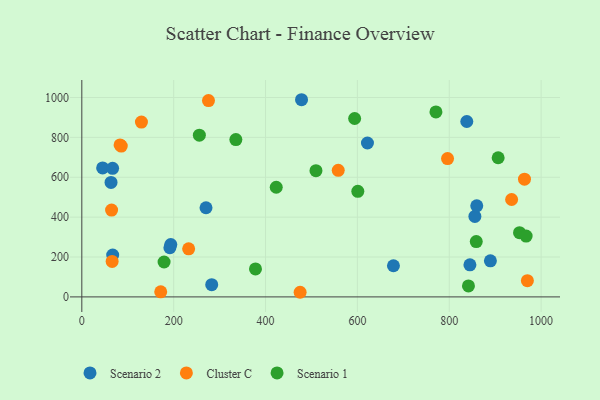
{"axis": {"x": "Investment", "y": "Demand"}, "legend": ["Cluster C", "Scenario 1", "Scenario 2"], "data": [{"x": "193.7", "y": 262.4, "type": "Scenario 2"}, {"x": "855.8", "y": 403.6, "type": "Scenario 2"}, {"x": "67.2", "y": 209.8, "type": "Scenario 2"}, {"x": "678.5", "y": 156.2, "type": "Scenario 2"}, {"x": "282.8", "y": 61.3, "type": "Scenario 2"}, {"x": "845.0", "y": 161.0, "type": "Scenario 2"}, {"x": "838.2", "y": 879.7, "type": "Scenario 2"}, {"x": "45.3", "y": 646.8, "type": "Scenario 2"}, {"x": "63.6", "y": 574.3, "type": "Scenario 2"}, {"x": "889.6", "y": 181.0, "type": "Scenario 2"}, {"x": "191.7", "y": 246.5, "type": "Scenario 2"}, {"x": "67.0", "y": 644.8, "type": "Scenario 2"}, {"x": "859.9", "y": 457.0, "type": "Scenario 2"}, {"x": "270.4", "y": 447.2, "type": "Scenario 2"}, {"x": "621.9", "y": 771.9, "type": "Scenario 2"}, {"x": "478.4", "y": 988.9, "type": "Scenario 2"}, {"x": "796.3", "y": 693.9, "type": "Cluster C"}, {"x": "970.1", "y": 81.5, "type": "Cluster C"}, {"x": "66.0", "y": 177.9, "type": "Cluster C"}, {"x": "232.6", "y": 241.2, "type": "Cluster C"}, {"x": "64.8", "y": 435.5, "type": "Cluster C"}, {"x": "475.3", "y": 23.2, "type": "Cluster C"}, {"x": "935.8", "y": 488.4, "type": "Cluster C"}, {"x": "83.3", "y": 762.0, "type": "Cluster C"}, {"x": "85.9", "y": 756.3, "type": "Cluster C"}, {"x": "275.8", "y": 984.5, "type": "Cluster C"}, {"x": "963.8", "y": 590.4, "type": "Cluster C"}, {"x": "558.3", "y": 634.6, "type": "Cluster C"}, {"x": "171.8", "y": 25.6, "type": "Cluster C"}, {"x": "129.8", "y": 876.6, "type": "Cluster C"}, {"x": "255.9", "y": 811.2, "type": "Scenario 1"}, {"x": "594.0", "y": 894.7, "type": "Scenario 1"}, {"x": "906.5", "y": 697.9, "type": "Scenario 1"}, {"x": "771.0", "y": 927.7, "type": "Scenario 1"}, {"x": "423.3", "y": 549.9, "type": "Scenario 1"}, {"x": "378.1", "y": 140.5, "type": "Scenario 1"}, {"x": "841.8", "y": 54.9, "type": "Scenario 1"}, {"x": "953.0", "y": 322.3, "type": "Scenario 1"}, {"x": "967.4", "y": 305.3, "type": "Scenario 1"}, {"x": "509.8", "y": 633.3, "type": "Scenario 1"}, {"x": "600.9", "y": 529.3, "type": "Scenario 1"}, {"x": "858.8", "y": 277.6, "type": "Scenario 1"}, {"x": "335.4", "y": 788.8, "type": "Scenario 1"}, {"x": "179.1", "y": 175.1, "type": "Scenario 1"}]}